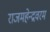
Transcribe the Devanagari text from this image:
राजमहेन्द्रवरम